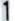
1